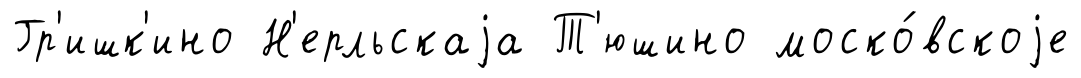
Гр'ишк'ино Н'ерльскаjа Т'юшино моско́вскоjе